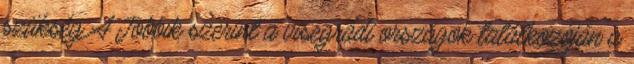
szükség A Jobbik szerint a visegrádi országok találkozóján a